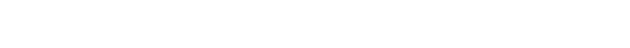
ကျမ်းဂန်ကိုသင်ခြင်း၏ အစွမ်းဖြင့်။ ဝိက္ခမ္ဘိတာ၊ ခွာအပ်ကုန်သော။ ကိလေသာ၊ ကိလေသာတို့သည်။